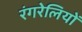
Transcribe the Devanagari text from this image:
रंगरेलियों